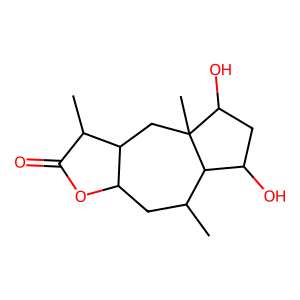
SMILES: CC1CC2OC(=O)C(C)C2CC2(C)C(O)CC(O)C12
Inhibits HIV replication: No